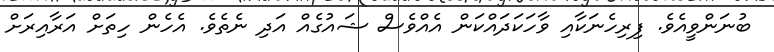
ބުނަންވީއެވެ. ފިރިހެނަކާއި ވާހަކަދައްކަން އެއްވެސް ޝައުގެއް އަދި ނެތެވެ. އެހެން ހިތަށް އަރާއިރަށް